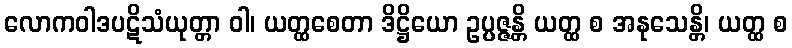
လောကဝါဒပဋိသံယုတ္တာ ဝါ၊ ယတ္ထစေတာ ဒိဋ္ဌိယော ဥပ္ပဇ္ဇန္တိ ယတ္ထ စ အနုသေန္တိ၊ ယတ္ထ စ